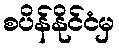
စပိန်နိုင်ငံမှ